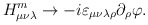
\begin{align*}H_{\mu\nu\lambda}^m\to-i\varepsilon_{\mu\nu\lambda\rho}\partial_\rho\varphi.\end{align*}